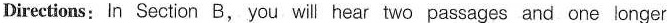
Directions:In Section B, you will hear two passages and one longer